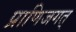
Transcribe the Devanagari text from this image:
प्राणिजगत्